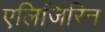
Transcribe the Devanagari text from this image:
एलिजिरिन